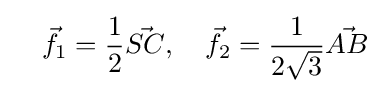
\quad {\vec {f}}_{1}={\frac {1}{2}}{\vec {SC}},\quad {\vec {f}}_{2}={\frac {1}{2{\sqrt {3}}}}{\vec {AB}}\